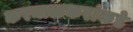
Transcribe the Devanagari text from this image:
करमाळकरांकडे